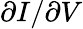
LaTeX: \partial I/\partial V